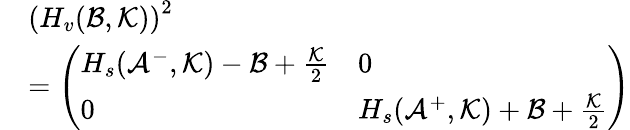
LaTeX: \begin{array}{rl}&{\left(H_{v}(\mathcal{B},\mathcal{K})\right)^{2}}\\ &{=\left(\begin{array}{ll}{H_{s}(\mathcal{A}^{-},\mathcal{K})-\mathcal{B}+\frac{\mathcal{K}}{2}}&{0}\\ {0}&{H_{s}(\mathcal{A}^{+},\mathcal{K})+\mathcal{B}+\frac{\mathcal{K}}{2}}\end{array}\right)}\end{array}